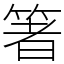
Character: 箸